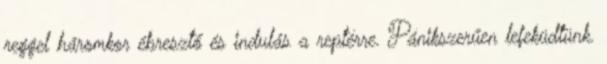
reggel háromkor ébresztő és indulás a reptérre. Pánikszerűen lefeküdtünk.